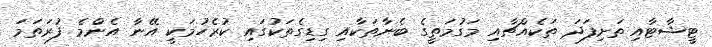
ޓީޝާޓާއި ތަށިފަދަ ތަކެއްޗާއި މަގުމަތީގެ ބެނާތަކާއި ގިޑިގެތަކުގައި ކުރެހުމަކީ އޭނާ އެންމެ ފުރަތަމަ